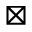
\boxtimes